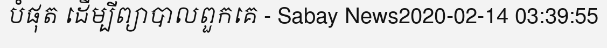
បំផុត ដើម្បីព្យាបាលពួកគេ - Sabay News2020-02-14 03:39:55